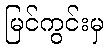
မြင်ကွင်းမှ